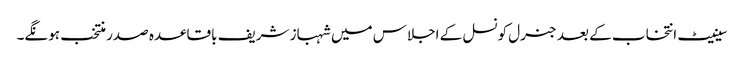
سینیٹ انتخاب کے بعد جنرل کونسل کے اجلاس میں شہباز شریف باقاعدہ صدر منتخب ہونگے۔